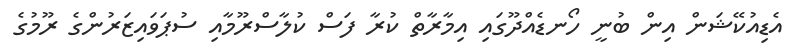
އެޑިއުކޭޝަން އިން ބުނީ ހޯނޑެއްދޫގައި އިމާރާތް ކުރާ ފަސް ކުލާސްރޫމާއި ސުޕަވައިޒަރުންގެ ރޫމުގެ